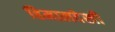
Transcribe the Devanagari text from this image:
हिमालदेखी